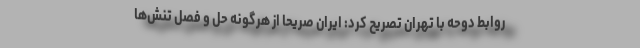
روابط دوحه با تهران تصریح کرد: ایران صریحاً از هرگونه حل و فصل تنش‌ها